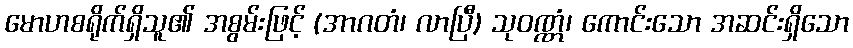
မောဟစရိုက်ရှိသူ၏ အစွမ်းဖြင့် (အာဂတံ၊ လာပြီ) သုဝဏ္ဏံ၊ ကောင်းသော အဆင်းရှိသော